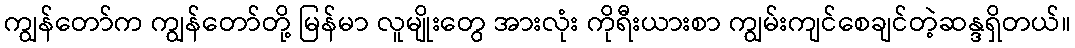
ကျွန်တော်က ကျွန်တော်တို့ မြန်မာ လူမျိုးတွေ အားလုံး ကိုရီးယားစာ ကျွမ်းကျင်စေချင်တဲ့ဆန္ဒရှိတယ်။